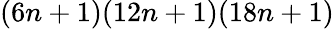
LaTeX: (6n+1)(12n+1)(18n+1)